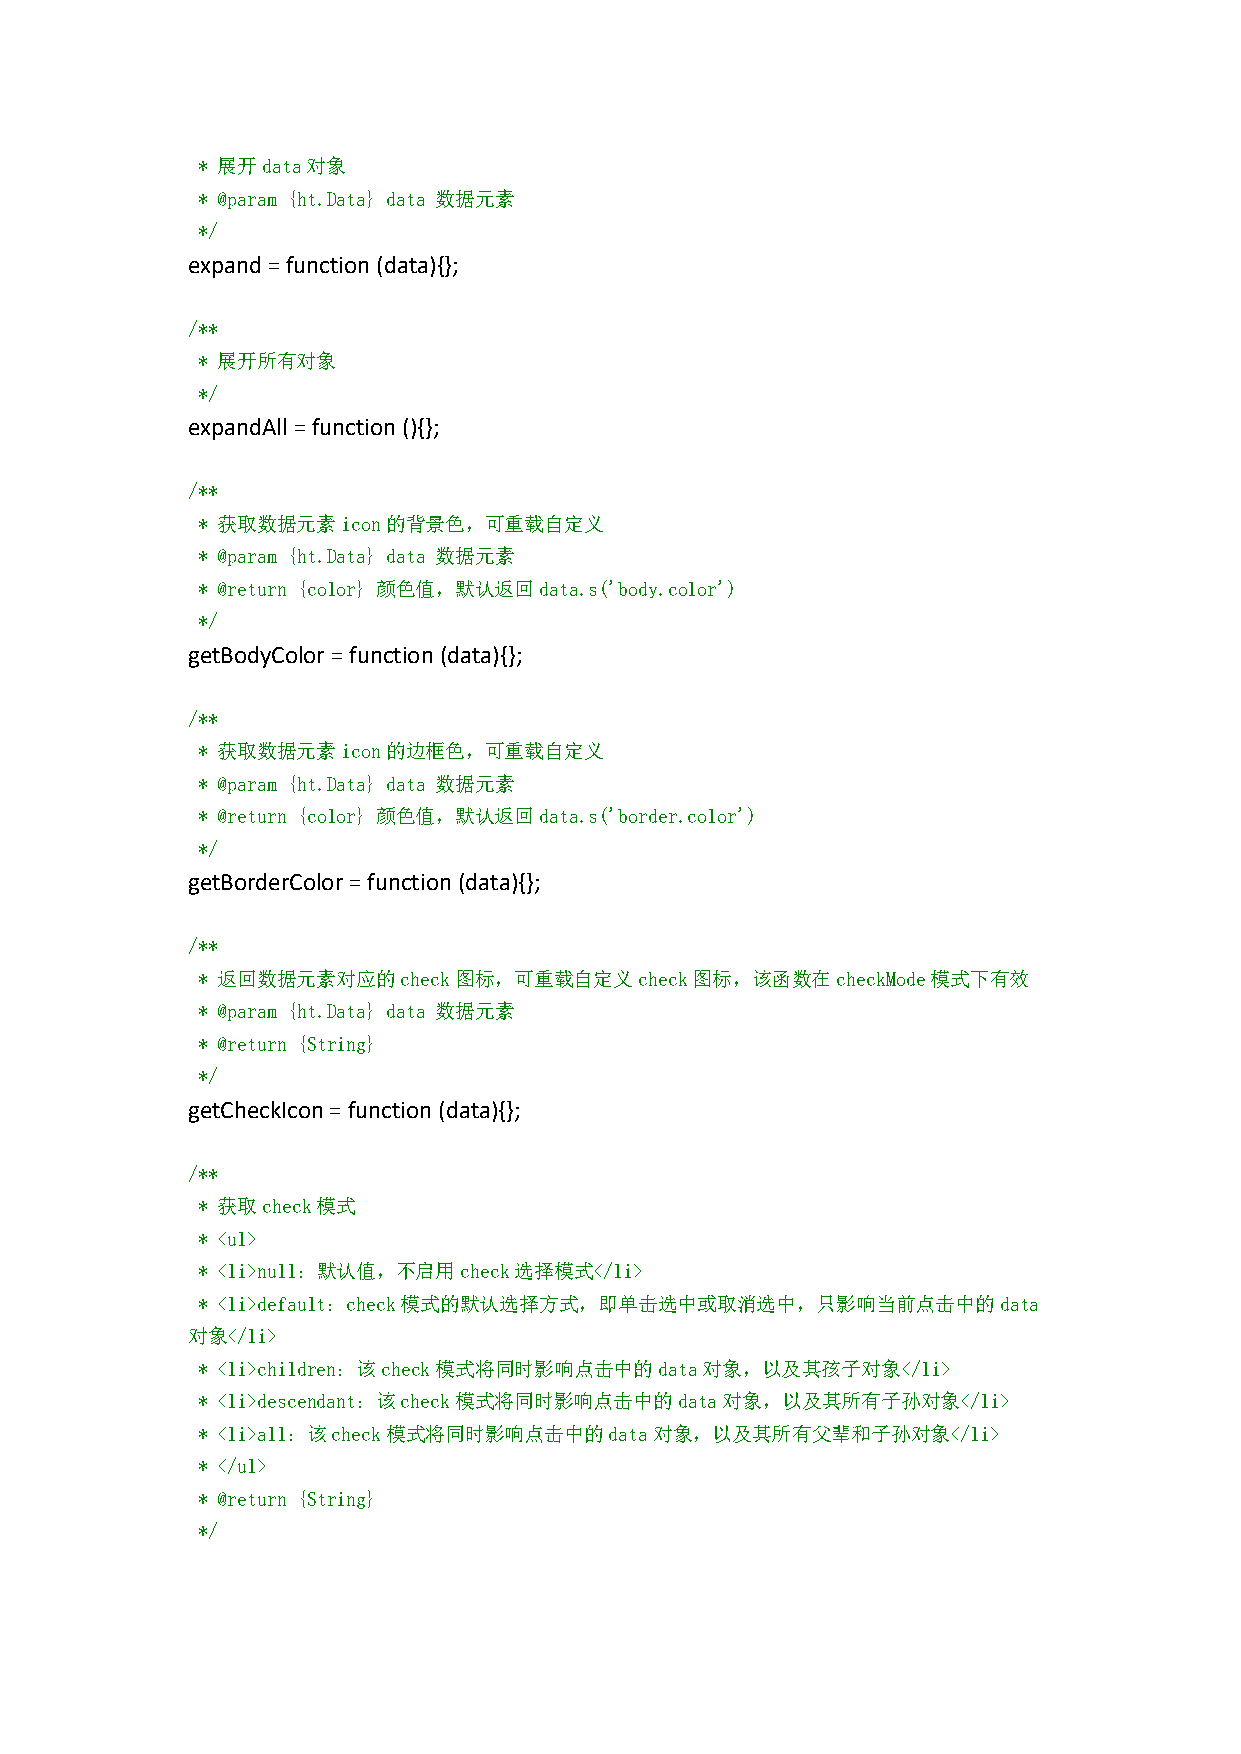
* 展开data对象
 * @param {ht.Data} data 数据元素
 */
 expand=function(data){};
 /**
 * 展开所有对象
 */
 expandAll =function(){};
 /**
 * 获取数据元素icon的背景色，可重载自定义
 * @param {ht.Data} data 数据元素
 * @return {color} 颜色值，默认返回data.s('body.color')
 */
 getBodyColor=function(data){};
 /**
 * 获取数据元素icon的边框色，可重载自定义
 * @param {ht.Data} data 数据元素
 * @return {color} 颜色值，默认返回data.s('border.color')
 */
 getBorderColor=function(data){};
 /**
 * 返回数据元素对应的check图标，可重载自定义check图标，该函数在checkMode模式下有效
 * @param {ht.Data} data 数据元素
 * @return {String}
 */
 getCheckIcon=function(data){};
 /**
 * 获取check模式
 * <ul>
 * <li>null：默认值，不启用check选择模式</li>
 * <li>default：check模式的默认选择方式，即单击选中或取消选中，只影响当前点击中的data
 对象</li>
 * <li>children：该check模式将同时影响点击中的data对象，以及其孩子对象</li>
 * <li>descendant：该check模式将同时影响点击中的data对象，以及其所有子孙对象</li>
 * <li>all：该check模式将同时影响点击中的data对象，以及其所有父辈和子孙对象</li>
 * </ul>
 * @return {String}
 */